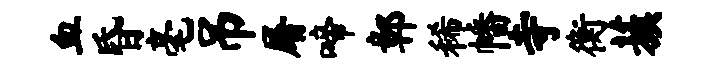
血昏毫吊屠啼鄣稀幡寺衡蔟